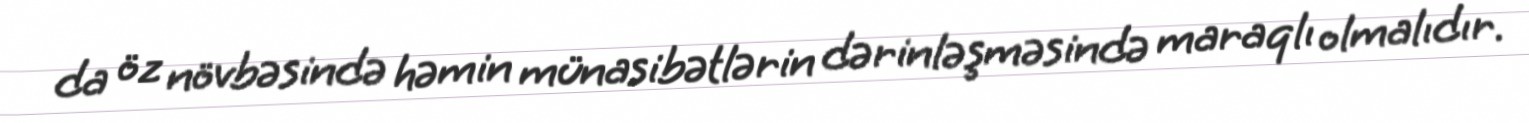
da öz növbəsində həmin münasibətlərin dərinləşməsində maraqlı olmalıdır.